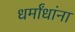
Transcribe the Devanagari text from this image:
धर्मांधांना